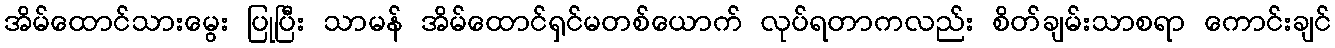
အိမ်ထောင်သားမွေး ပြုပြီး သာမန် အိမ်ထောင်ရှင်မတစ်ယောက် လုပ်ရတာကလည်း စိတ်ချမ်းသာစရာ ကောင်းချင်